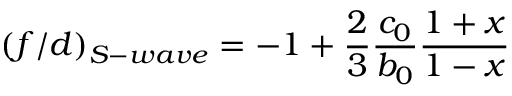
( f / d ) _ { S - w a v e } = - 1 + \frac { 2 } { 3 } \frac { c _ { 0 } } { b _ { 0 } } \frac { 1 + x } { 1 - x }